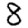
Digit: 8